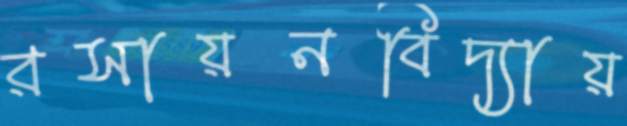
রসায়নবিদ্যায়